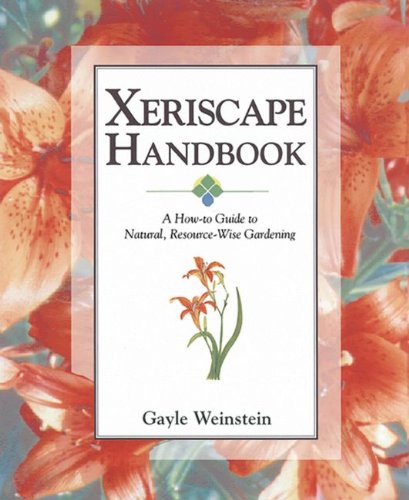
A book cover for Xeriscape Handbook: A How-to Guide to Natural Resource-Wise Gardening; Gayle Weinstein; Crafts, Hobbies & Home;